Report of the King Institute of Preventive Medicine, Guindy
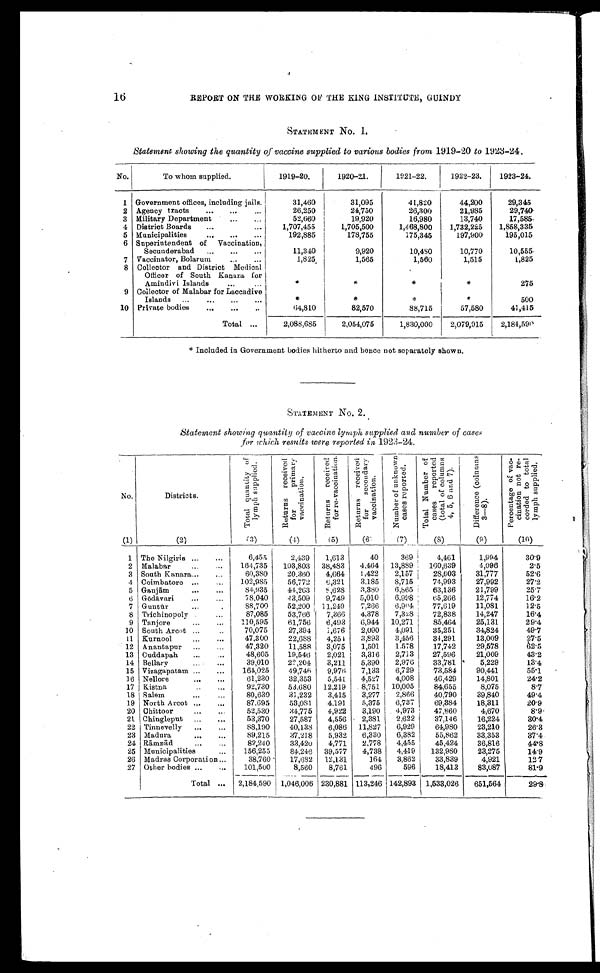
16
REPORT ON THE WORKING OF THE KING INSTITUINDY
STATEMENT No. 1.
Statement showing the quantity of vaccine supplied to various bodies from 1919-20 to 1923-24.
No.
To whom supplied.
1919-20.
1920-2.1.
1921-22.
1922-23.
1923-24.
1 Government offices, including jails.
31,460
31,095
41,820
44,200
29,345
2 Agency tracts . . .
26,250
24,750
26,300
21,985
29,740
3 Military Department . . .
52,660
19,920
16,980
13,740
17,585
4 District Boards . . .
1,707,455
1,705,500
1,468,800
1,732,225
1,858,335
5 Municipalities . . .
192,885
178,755
175,345
197,900
195,015
6 Superintendent of Vaccination,
Secunderabad . . .
11,340
9,920
10,480
10,770
10,555
7 Vaccinator, Bolarum . . .
1,825
1,565
1,560
1,515
1,825
8 Collector and District Medical
Officer of South Kanara for
Amindivi Islands . . .
*
*
*
*
275
9 Collector of Malabar for Laccadive
Islands . . .
*
*
*
*
500
10 Private bodies . . .
64,810
82,570
88,715
57,580
41,415
Total . . .
2,088,685
2,054,075
1,830,000
2,079,915
2,184,590
* Included in Government bodies hitherto and hence not separately shown.
STATEMENT No. 2.
Statement showing quantity of vaccine lymph supplied and number of cases
for which results were reported in 1923-24.
No.
Districts.
T o t a l q u a n t i t y o f l y m p h s u p p l i e d .
R e t u r n s r e c e i v e d f o r p r i m a r y v a c c i n a t i o n .
R e t u r n s r e c e i v e d f o r r e - v a c c i n a t i o n .
R e t u r n s r e c e i v e d f o r s e c o n d a r y v a c c i n a t i o n .
N u m b e r o f u n k n o w n c a s e s r e p o r t e d .
T o t a l N u m b e r o f c a s e s r e p o r t e d ( t o t a l o f c o l u m n s 4 , 5 , 6 a n d 7 ) .
D i f f e r e n c e ( c o l u m n s 3 — 8 ) .
P e r c e n t a g e o f v a c - c i n a t i o n n o t r e - c o r d e d t o t o t a l l y m p h s u p p l i e d .
(1)
(2)
(3)
(4)
(5)
( 6 )
(7)
(8)
( 9)
(10)
1 The Nilgiris . . .
6,455
2,439
1,613
40
369
4,461
1,994
30.9
2 Malabar . . .
164,735
103,803
38,483
4,464
13,889
160,639
4,096
2.5
3 South Kanara . . .
60,380
20,360
4,664
1,422
2,157
28,603
31,777
5 2 . 6
4 Coimbatore . . .
102,985
56,772
6 ,321
3,185
8,715
74,993
27,992
27.2
5 Ganjām . . .
84,935
44,263
8,628
3,380
6,865
63,136
21,799
25.7
6 Gō dāvari . . .
7 8 , 0 4 0
43,509
9,749
5,010
6,998
65,266
12,774
16.2
7 Guntū r . . .
8 8 , 7 0 0
52,200
11,249
7,266
6,904
77,619
11,081
12.5
8 Trichinopoly . . .
87,085
53,766
7,366
4,378
7,328
72,838
14,247
16.4
9 Tanjore . . .
110,595
61,756
6,493
6,944
10,271
85,464
25,131
29.4
10 South Arcot . . .
70,075
27,394
1,676
2,090
4,091
35,251
34,824
4 9 . 7
11 Kurnool . . .
47,300
22,688
4,254
3,893
3,456
34,291
13,009
27.5
12 Anantapur . . .
47,320
11,588
3,075
1,501
1,578
17,742
29,578
62.5
13 Cuddapah . . .
48,605
19,546
2,021
3,316
2,713
27,596
21,009
43.2
14 Bellary .. .
39,010
22,204
3,211
5,390
2,976
33,781
5,229
13.4
15 Vizagapatam . . .
164,025
49,746
9,976
7,133
6,729
73,584
90,441
55.1
16 Nellore . . .
61,230
32,353
5,541
4,527
4,008
46,429
14,801
24.2
17 Kistna . . .
92,730
53,680
12,219
8,751
10,005
84,655
8,075
8.7
18 Salem . . .
80,630
3 1 , 2 3 2
3,415
3,277
2,866
40,790
39,840
4 9 . 4
19 North Arcot . . .
87,695
53,081
4,191
5,375
6,737
69,384
18,311
20.9
20 Chittoor . . .
52,530
34,775
4,922
3,190
4,973
47,860
4,670
8.9
21. Chingleput . . .
53,370
27,587
4,556
2,381
2,622
37,146
16,224
30.4
22 Tinnevelly . . .
88,190
40,138
6,086
11,827
6,929
64,980
23,210
26.3
23 Madura . . .
89,215
37,218
5,932
6,330
6,382
55,862
33,353
37.4
24 Rā mnā d . . .
82,240
33,420
4,771
2,778
4,455
45,424
36,816
44.8
25 Municipalities . . .
156,255
84,246
39,577
4,738
4,419
132,980
23,275
14.9
26 Madras Corporation . . .
38,760
17,682
12,131
164
3,862
33,839
4,921
1 2 . 7
27 Other bodies . . .
101,500
8,560
8,761
496
596
18,413
83,087
81.9
Total . . .
2,184,590 1,046,006 230,881 113,246 142,893 1,533,026
651,564
29.8